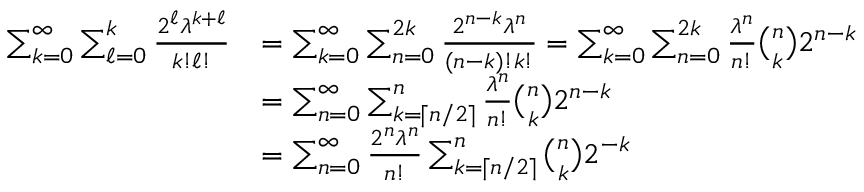
\begin{array} { r l } { \sum _ { k = 0 } ^ { \infty } \sum _ { \ell = 0 } ^ { k } \frac { 2 ^ { \ell } \lambda ^ { k + \ell } } { k ! \ell ! } } & { = \sum _ { k = 0 } ^ { \infty } \sum _ { n = 0 } ^ { 2 k } \frac { 2 ^ { n - k } \lambda ^ { n } } { ( n - k ) ! k ! } = \sum _ { k = 0 } ^ { \infty } \sum _ { n = 0 } ^ { 2 k } \frac { \lambda ^ { n } } { n ! } \binom { n } { k } 2 ^ { n - k } } \\ & { = \sum _ { n = 0 } ^ { \infty } \sum _ { k = \lceil n / 2 \rceil } ^ { n } \frac { \lambda ^ { n } } { n ! } \binom { n } { k } 2 ^ { n - k } } \\ & { = \sum _ { n = 0 } ^ { \infty } \frac { 2 ^ { n } \lambda ^ { n } } { n ! } \sum _ { k = \lceil n / 2 \rceil } ^ { n } \binom { n } { k } 2 ^ { - k } } \end{array}